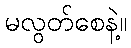
မလွတ်စေနဲ့။